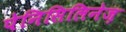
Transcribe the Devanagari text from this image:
पेनिसिलिनेज़